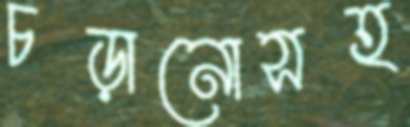
চড়ানোসহ